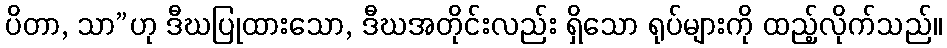
ပိတာ, သာ”ဟု ဒီဃပြုထားသော, ဒီဃအတိုင်းလည်း ရှိသော ရုပ်များကို ထည့်လိုက်သည်။